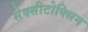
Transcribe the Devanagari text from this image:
सेक्सीटोक्सिन